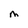
Character: M